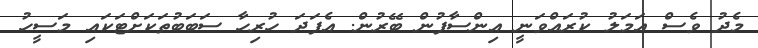
މެދު ވެސް އަމަލު ކުރައްވަނީ އިންސާފުން ބޭރުން. އެފަދަ ހުރިހާ ސަބަބުތަކަށްޓަކައި މަސީހު